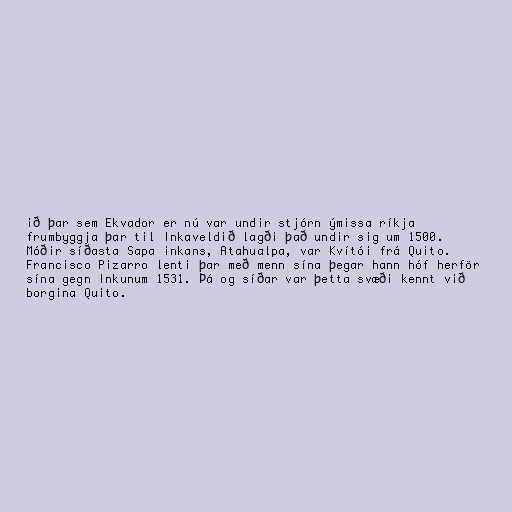
ið þar sem Ekvador er nú var undir stjórn ýmissa ríkja
frumbyggja þar til Inkaveldið lagði það undir sig um 1500.
Móðir síðasta Sapa inkans, Atahualpa, var Kvítói frá Quito.
Francisco Pizarro lenti þar með menn sína þegar hann hóf herför
sína gegn Inkunum 1531. Þá og síðar var þetta svæði kennt við
borgina Quito.